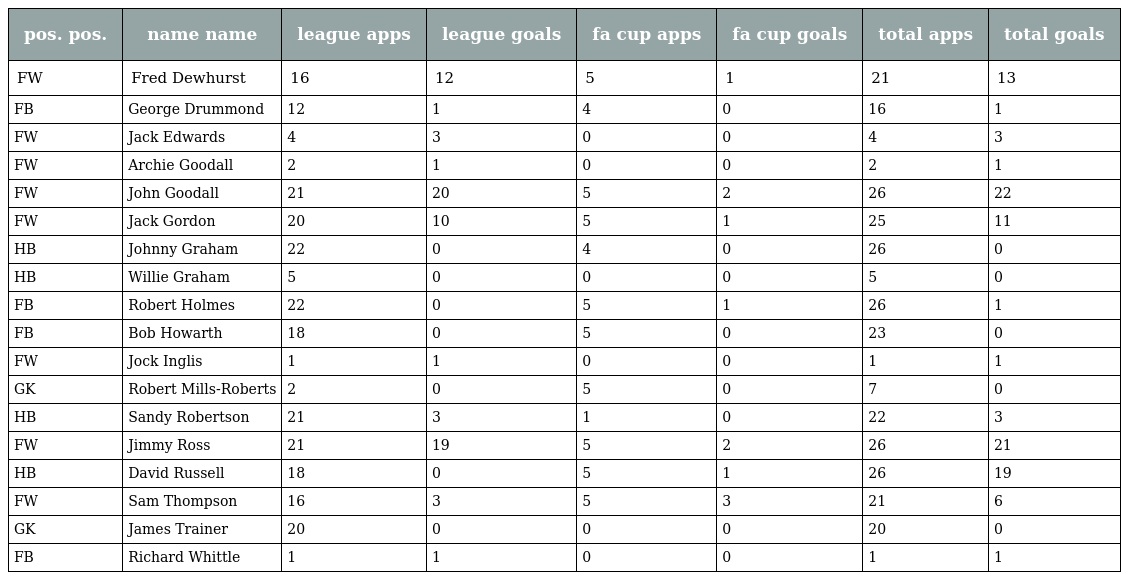
| pos. pos. | name name | league apps | league goals | fa cup apps | fa cup goals | total apps | total goals |
 | --- | --- | --- | --- | --- | --- | --- | --- |
 | FW | Fred Dewhurst | 16 | 12 | 5 | 1 | 21 | 13 |
 | FB | George Drummond | 12 | 1 | 4 | 0 | 16 | 1 |
 | FW | Jack Edwards | 4 | 3 | 0 | 0 | 4 | 3 |
 | FW | Archie Goodall | 2 | 1 | 0 | 0 | 2 | 1 |
 | FW | John Goodall | 21 | 20 | 5 | 2 | 26 | 22 |
 | FW | Jack Gordon | 20 | 10 | 5 | 1 | 25 | 11 |
 | HB | Johnny Graham | 22 | 0 | 4 | 0 | 26 | 0 |
 | HB | Willie Graham | 5 | 0 | 0 | 0 | 5 | 0 |
 | FB | Robert Holmes | 22 | 0 | 5 | 1 | 26 | 1 |
 | FB | Bob Howarth | 18 | 0 | 5 | 0 | 23 | 0 |
 | FW | Jock Inglis | 1 | 1 | 0 | 0 | 1 | 1 |
 | GK | Robert Mills-Roberts | 2 | 0 | 5 | 0 | 7 | 0 |
 | HB | Sandy Robertson | 21 | 3 | 1 | 0 | 22 | 3 |
 | FW | Jimmy Ross | 21 | 19 | 5 | 2 | 26 | 21 |
 | HB | David Russell | 18 | 0 | 5 | 1 | 26 | 19 |
 | FW | Sam Thompson | 16 | 3 | 5 | 3 | 21 | 6 |
 | GK | James Trainer | 20 | 0 | 0 | 0 | 20 | 0 |
 | FB | Richard Whittle | 1 | 1 | 0 | 0 | 1 | 1 |